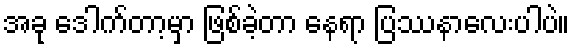
အခု ဒေါက်တာ့မှာ ဖြစ်ခဲ့တာ နေရာ ပြဿနာလေးပါပဲ။